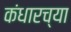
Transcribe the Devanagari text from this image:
कंधारच्या